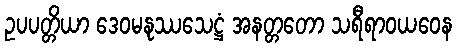
ဥပပတ္တိယာ ဒေဝမနုဿသေဋ္ဌံ အနတ္တတော သရီရာဝယဝေန